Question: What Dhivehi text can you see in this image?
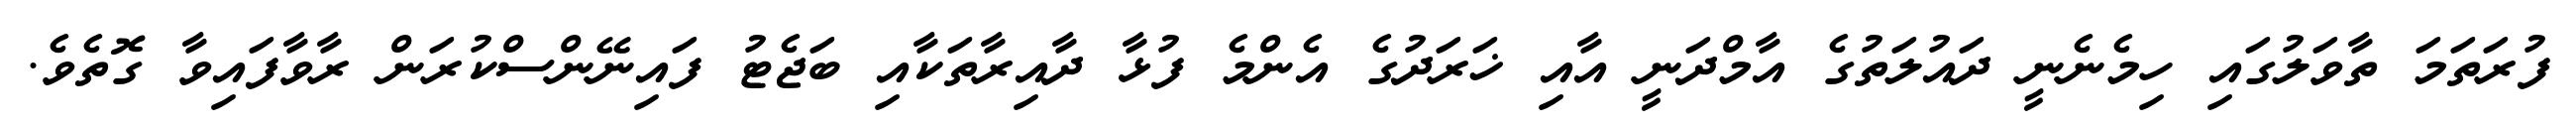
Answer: ފުރަތަމަ ތާވަލުގައި ހިމެނެނީ ދައުލަތުގެ އާމްދަނީ އާއި ޚަރަދުގެ އެންމެ ފުޅާ ދާއިރާތަކާއި ބަޖެޓު ފައިނޭންސްކުރަން ރާވާފައިވާ ގޮތެވެ.